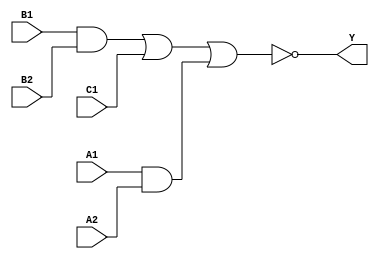
module sky130_fd_sc_hdll__a221oi (
    Y ,
    A1,
    A2,
    B1,
    B2,
    C1
);

    // Module ports
    output Y ;
    input  A1;
    input  A2;
    input  B1;
    input  B2;
    input  C1;

    // Local signals
    wire and0_out  ;
    wire and1_out  ;
    wire nor0_out_Y;

    //  Name  Output      Other arguments
    and and0 (and0_out  , B1, B2                );
    and and1 (and1_out  , A1, A2                );
    nor nor0 (nor0_out_Y, and0_out, C1, and1_out);
    buf buf0 (Y         , nor0_out_Y            );

endmodule